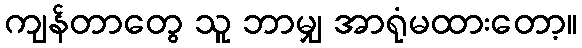
ကျန်တာတွေ သူ ဘာမျှ အာရုံမထားတော့။